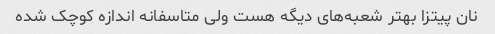
نان پیتزا بهتر شعبه‌های دیگه هست ولی متاسفانه اندازه کوچک شده